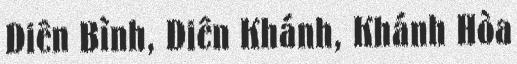
Diên Bình, Diên Khánh, Khánh Hòa